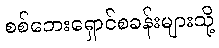
စစ်ဘေးရှောင်စခန်းများသို့